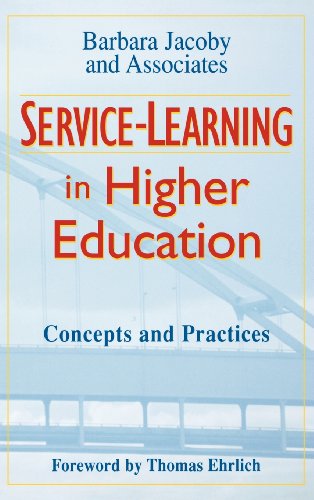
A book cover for Service-Learning in Higher Education: Concepts and Practices; Barbara Jacoby and Associates; Business & Money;